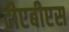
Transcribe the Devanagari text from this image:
टीएबीएस